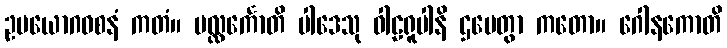
ဥပယောဂဝစနံ ကတံ။ ပလ္လင်္ကောတိ ပါဒေသု ဝါဠရူပါနိ ဌပေတွာ ကတော။ ဂေါနကောတိ